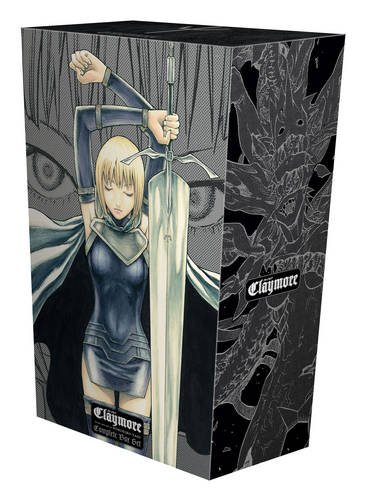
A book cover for Claymore Complete Box Set: Volumes 1-27 with Premium; Norihiro Yagi; Comics & Graphic Novels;